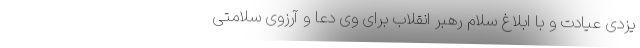
یزدی عیادت و با ابلاغ سلام رهبر انقلاب برای وی دعا و آرزوی سلامتی